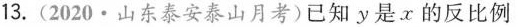
13.(2020·山东泰安泰山月考)已知y是x的反比例